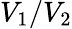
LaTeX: V_{1}/V_{2}